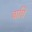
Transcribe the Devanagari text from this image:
बाघि